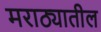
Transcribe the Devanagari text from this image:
मराठ्यातील